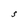
Character: S